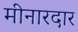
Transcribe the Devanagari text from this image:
मीनारदार